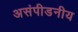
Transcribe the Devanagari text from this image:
असंपीडनीय